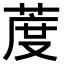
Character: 𦳔